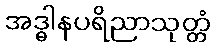
အဒ္ဓါနပရိညာသုတ္တံ